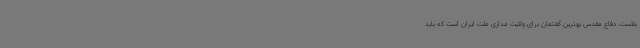
بلاست. دفاع مقدس بهترین گفتمان برای ولایت مداری ملت ایران است که باید